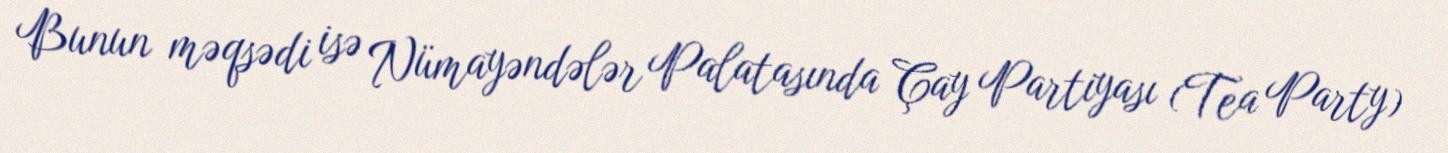
Bunun məqsədi isə Nümayəndələr Palatasında Çay Partiyası (Tea Party)